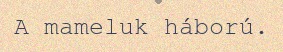
A mameluk háború.